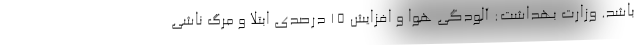
باشد. وزارت بهداشت: آلودگی هوا و افزایش ۱۵ درصدی ابتلا و مرگ ناشی